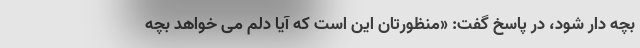
بچه دار شود، در پاسخ گفت: «منظورتان این است که آیا دلم می خواهد بچه